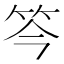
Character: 笒